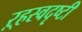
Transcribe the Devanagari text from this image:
ऱ्हस्वदृष्टी